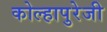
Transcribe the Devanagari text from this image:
कोल्हापुरेजी